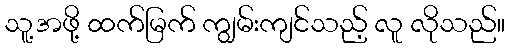
သူ့အဖို့ ထက်မြက် ကျွမ်းကျင်သည့် လူ လိုသည်။